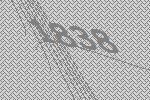
1838